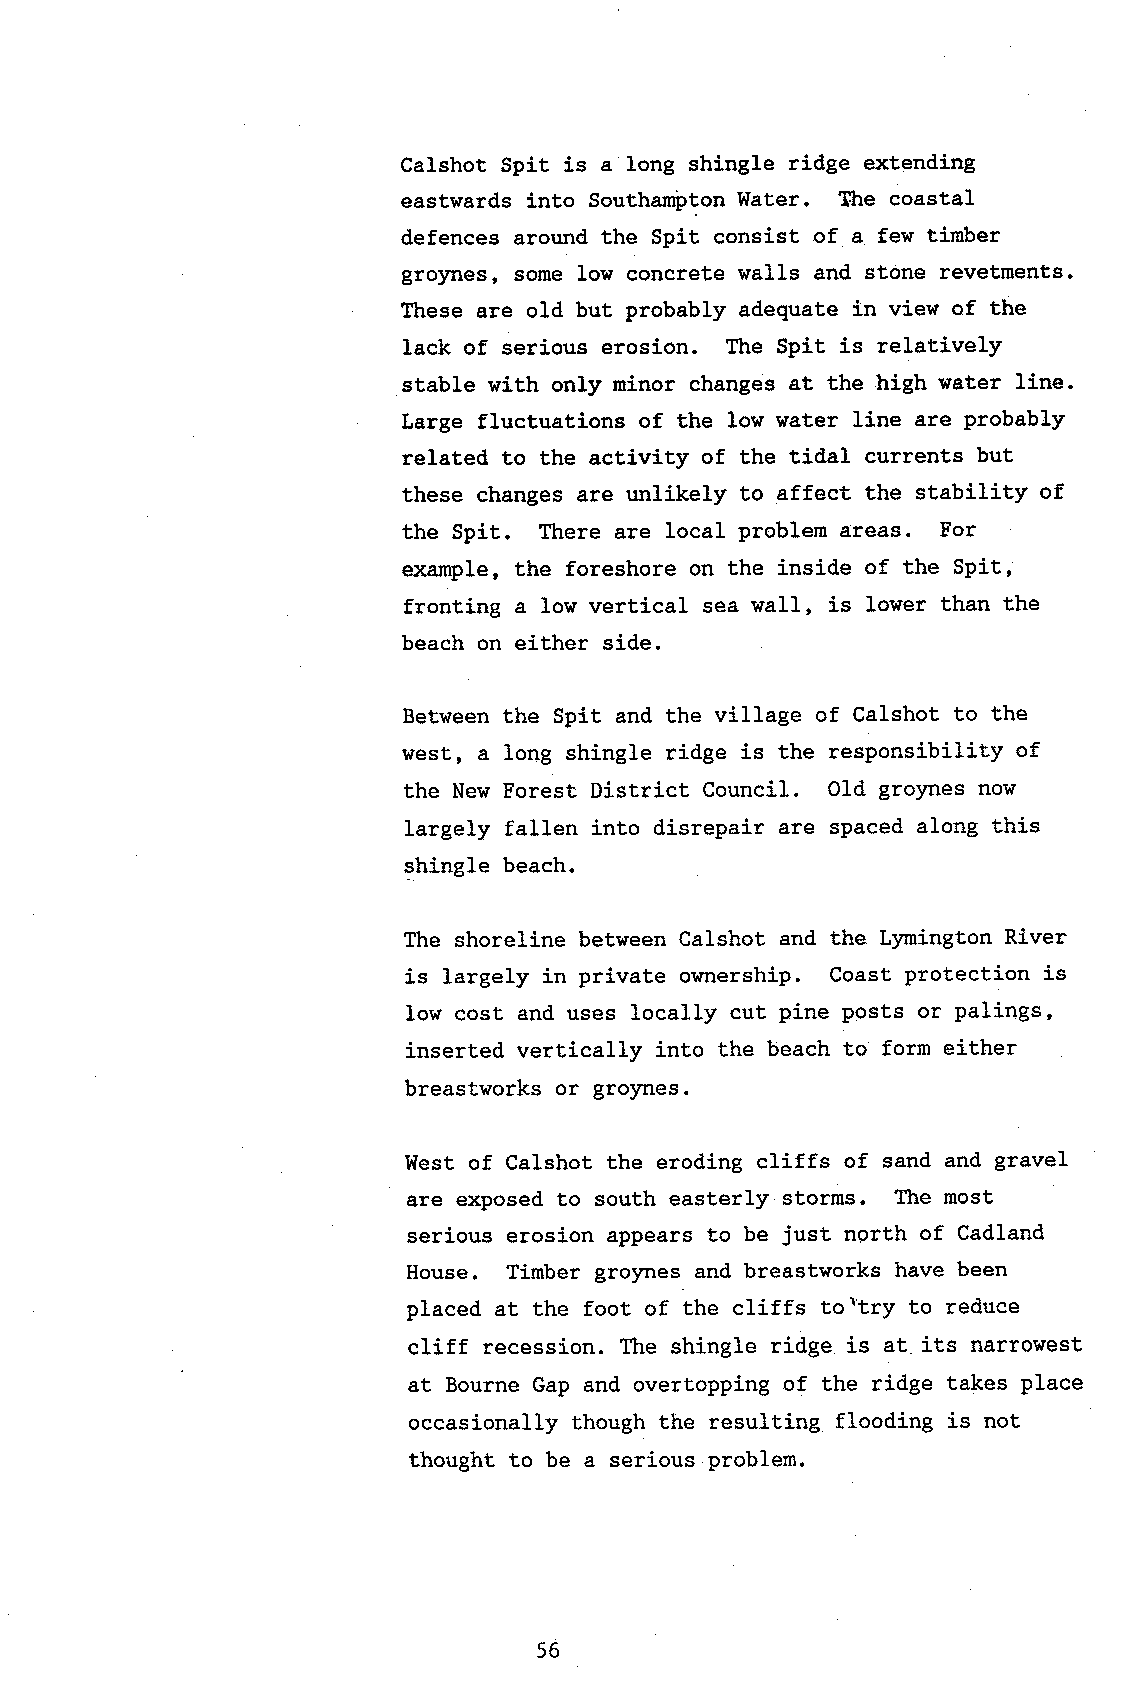
Calshot Spit is a long shingle ridge extending
 eastwards into Southampton Water. The coastal
 defences around the Spit consist of a few timber
 groynes, some low concrete walls and stone revetments.
 These are o1d but probably adequate in view of the
 lack of serious erosion. The Spit is relative).y
 stable with only minor changes at the high water line.
 Large fluctuations of the low lrater line are probably
 related to the activity of the tidal currents but
 these changes are unlikely to affect the stability of
 the Spit. There are local problem areas. For
 example, the foreshore on the inside of the Spit,
 fronting a low vertical sea waII, is lower than the
 beach on either side.
 Between the Spit and the village of Calshot to the
 west, a long shingle ridge is the responsibility of
 the New Forest District Council. OId gro)mes now
 largely fallen into disrepair are spaced along this
 shingle beach.
 The shoreline between Calshot and the Lymington River
 is largely in private ownership. Coast protection is
 Iow cost and uses localIy cut pine posts or palings,
 inserted vertically into the beach to form either
 breastworks or gro)mes.
 West of Calshot the eroding cliffs of sand and gravel
 are exposed to south easterly storms. The most
 serious erosion appears to be just north of Cadland
 House. Timber groJrnes.a nd breastworks have been
 r'try
 placed at the foot of the cliffs to to reduce
 cliff recession. The shingle ridge is at its narrowest
 at Bourne Gap and overtopping of the ridge takes place
 occasionally though the resulting flooding is not
 thought to be a serious problem.
 56